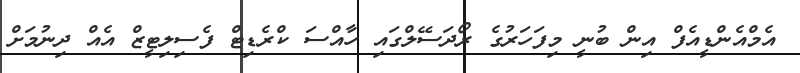
އެމްއެންޑީއެފް އިން ބުނީ މިފަހަރުގެ ރޯދަސޭލްގައި ހާއްސަ ކްރެޑިޓް ފެސިލިޓީޒް އެއް ދިނުމަށް